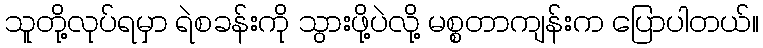
သူတို့လုပ်ရမှာ ရဲစခန်းကို သွားဖို့ပဲလို့ မစ္စတာကျန်းက ပြောပါတယ်။